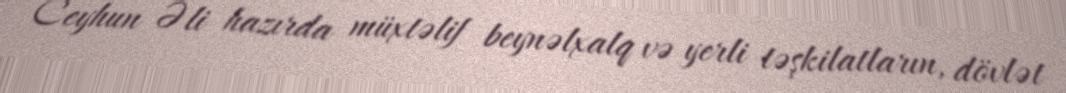
Ceyhun Əli hazırda müxtəlif beynəlxalq və yerli təşkilatların, dövlət